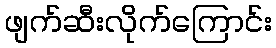
ဖျက်ဆီးလိုက်ကြောင်း